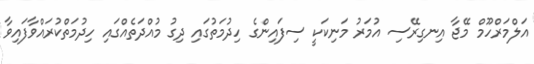
އަލްމަރްހޫމް މޭޖާ އިނގިރޭސި އުމަރު މަނިކަކީ ސިފައިންގެ ހިދުމަތުގައި ދިގު މުއްދަތެއްގައި ހިދުމަތްކުރައްވާފައިވާ